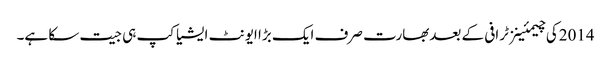
2014کی چیمئینز ٹرافی کے بعدبھارت صرف ایک بڑا ایونٹ ایشیا کپ ہی جیت سکا ہے۔